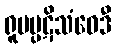
ရူပပ္ပဋိသံဝေဒီ